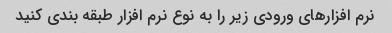
نرم افزارهای ورودی زیر را به نوع نرم افزار طبقه بندی کنید